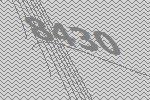
8430